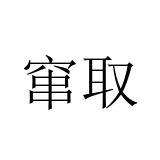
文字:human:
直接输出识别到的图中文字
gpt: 窜取